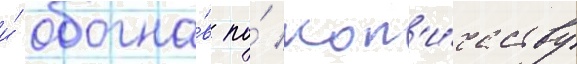
и́ обогна́в по́ кол'и́честву